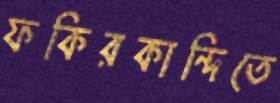
ফকিরকান্দিতে